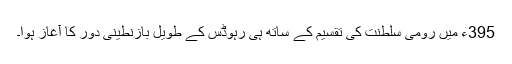
395ء میں رومی سلطنت کی تقسیم کے ساتھ ہی رہوڈس کے طویل بازنطینی دور کا آغاز ہوا۔